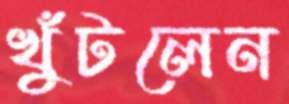
খুঁটলেন